Annual returns of the Patna Lunatic Asylum at Bankipore in Bihar and Orissa - 1912-1924
Year: 1912
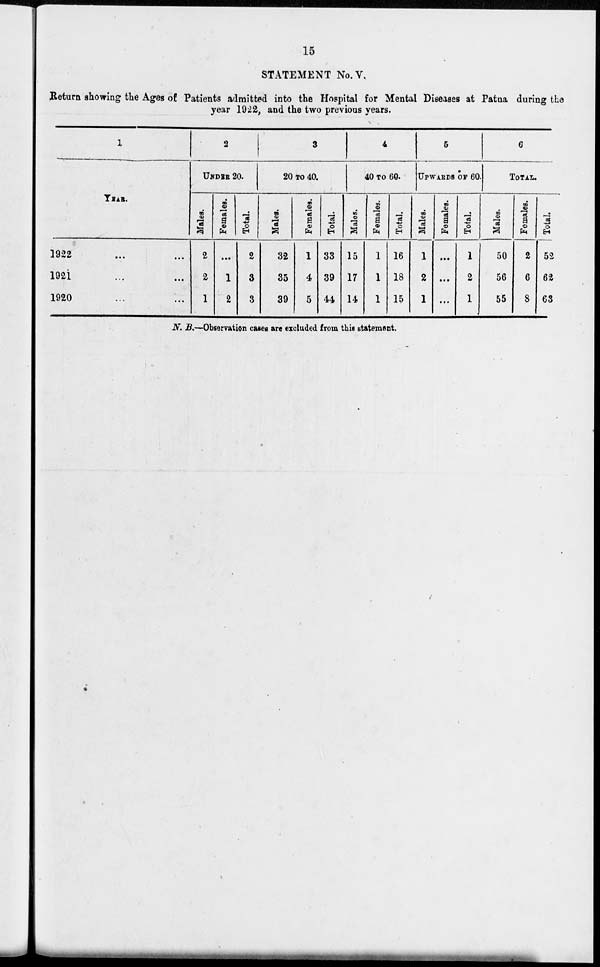
15
STATEMENT No. V.
Return showing the Ages of Patients admitted into the Hospital for Mental Diseases at Patna during the
year 1922, and the two previous years.
1
YEAR.
1922 ... ...
1921 ... ...
1920 ... ...
2
UNDER 20.
Males.
2
2
1
Females.
...
1
2
Total.
2
3
3
3
20 TO 40.
Males.
32
35
39
Females.
1
4
5
Total.
33
39
44
4
40 TO 60.
Males.
15
17
14
Females.
1
1
1
Total.
16
18
15
5
UPWARDS OF 60.
Males.
1
2
1
Females.
...
...
...
Total.
1
2
1
6
TOTAL.
Males.
50
56
55
Females.
2
6
8
Total.
52
62
63
N. B.—Observation cases are excluded from this statement.